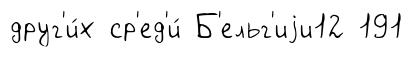
друг'и́х ср'ед'и́ Б'ельг'иjи12 191